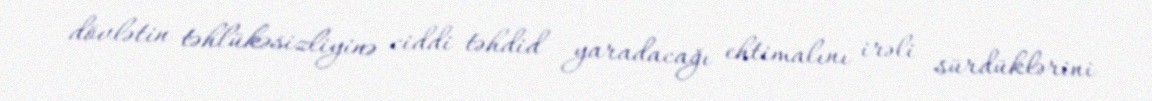
dövlətin təhlükəsizliyinə ciddi təhdid yaradacağı ehtimalını irəli sürdüklərini